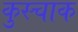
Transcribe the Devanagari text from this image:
कुस्चाक